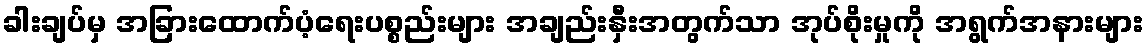
ခါးချပ်မှ အခြားထောက်ပံ့ရေးပစ္စည်းများ အချည်းနှီးအတွက်သာ အုပ်စိုးမှုကို အရွက်အနားများ